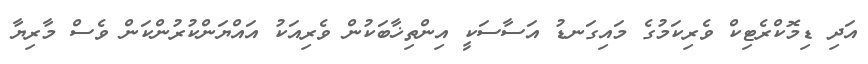
އަދި ޑިމޮކްރެޓިކް ވެރިކަމުގެ މައިގަނޑު އަސާސަކީ އިންތިޚާބަކުން ވެރިއަކު އައްޔަންކުރުންކަން ވެސް މާރިޔާ